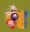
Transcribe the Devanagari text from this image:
पेह